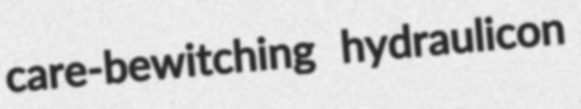
care-bewitching hydraulicon